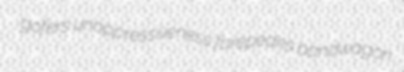
gofers unoppressiveness forepeaks bandwagon